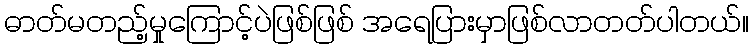
ဓာတ်မတည့်မှုကြောင့်ပဲဖြစ်ဖြစ် အရေပြားမှာဖြစ်လာတတ်ပါတယ်။